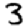
Digit: 3